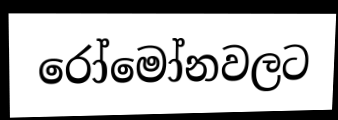
රෝමෝනවලට